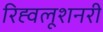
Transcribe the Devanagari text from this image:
रिह्वलूशनरी